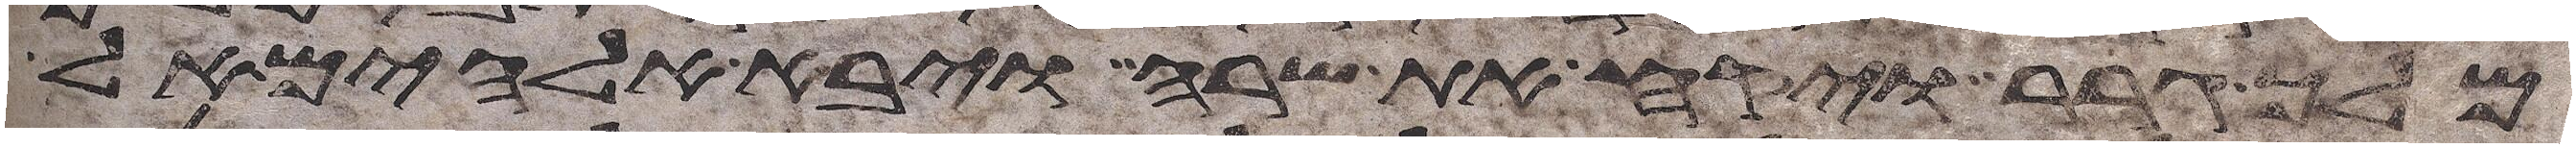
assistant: מלך גרר ויקח את שרה ויבא אלהים אל